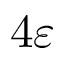
4 \varepsilon